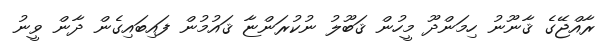
ރާއްޖޭގެ ޤާނޫނު ހިމަންދޫ މީހުން ޤަބޫލު ނުކުރަންޏާ ޤައުމުން ފައިބައިގެން ދާން ވީނު